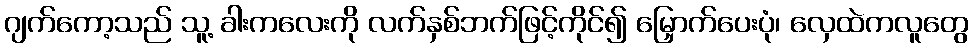
ဂျက်ကော့သည် သူ့ ခါးကလေးကို လက်နှစ်ဘက်ဖြင့်ကိုင်၍ မြှောက်ပေးပုံ၊ လှေထဲကလူတွေ